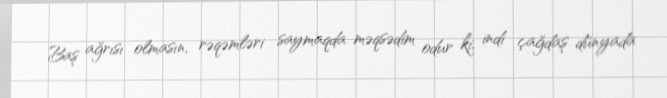
Baş ağrısı olmasın, rəqəmləri saymaqda məqsədim odur ki, indi çağdaş dünyada